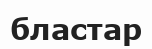
бластар